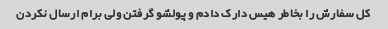
کل سفارش را بخاطر هیس دارک دادم و پولشو گرفتن ولی برام ارسال نکردن